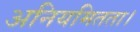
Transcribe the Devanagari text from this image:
अनियमितता।